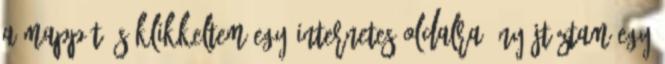
a mappát, s klikkeltem egy internetes oldalra. Nyújtóztam egy